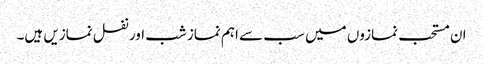
ان مستحب نمازوں میں سب سے اہم نماز شب اور نفل نمازیں ہیں۔